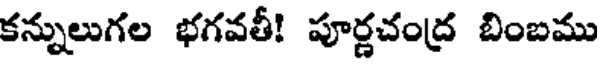
కన్నులుగల భగవతీ! పూర్ణచంద్ర బింబము